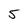
Character: 5